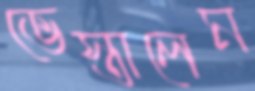
ভেস্তালেম